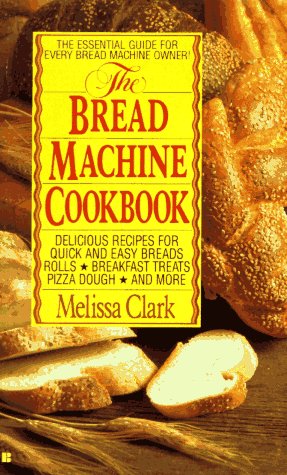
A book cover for The Bread Machine Cookbook; Melissa Clark; Cookbooks, Food & Wine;